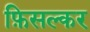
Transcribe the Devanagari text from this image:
फ़िसल्कर